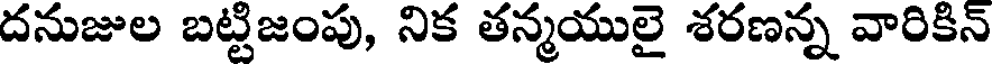
దనుజుల బట్టిజంపు, నిక తన్మయులై శరణన్న వారికిన్